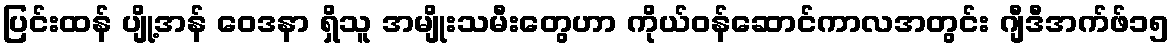
ပြင်းထန် ပျို့အန် ဝေဒနာ ရှိသူ အမျိုးသမီးတွေဟာ ကိုယ်ဝန်ဆောင်ကာလအတွင်း ဂျီဒီအက်ဖ်၁၅